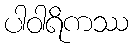
ပါဝါရိကဿ